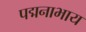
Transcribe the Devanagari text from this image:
पद्मनाभाय